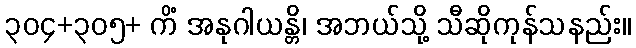
၃၀၄+၃၀၅+ ကိံ အနုဂါယန္တိ၊ အဘယ်သို့ သီဆိုကုန်သနည်း။